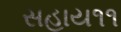
સહાય૧૧